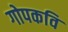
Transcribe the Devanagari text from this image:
गोपकवि